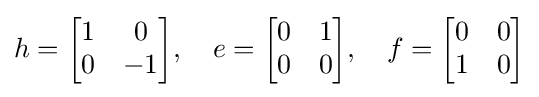
h={\begin{bmatrix}1&0\\0&-1\end{bmatrix}},\quad e={\begin{bmatrix}0&1\\0&0\end{bmatrix}},\quad f={\begin{bmatrix}0&0\\1&0\end{bmatrix}}